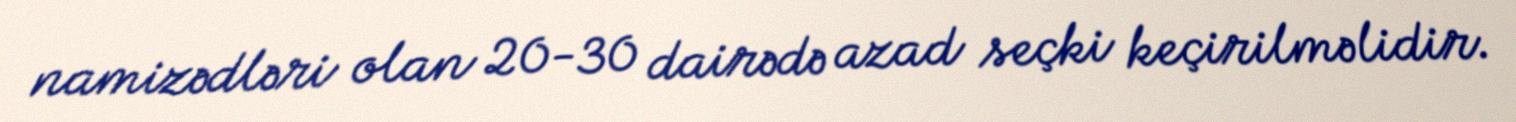
namizədləri olan 20-30 dairədə azad seçki keçirilməlidir.